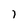
Character: 1